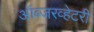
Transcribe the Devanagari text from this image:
ऑब्जरव्हेटरी